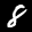
Label: 8